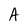
Character: A